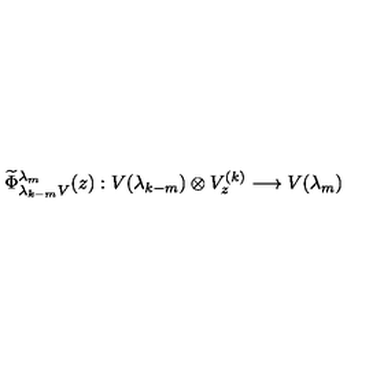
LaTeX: \widetilde \Phi _ { \lambda _ { k - m } V } ^ { \lambda _ { m } } ( z ) : V ( \lambda _ { k - m } ) \otimes V _ { z } ^ { ( k ) } \longrightarrow V ( \lambda _ { m } )